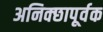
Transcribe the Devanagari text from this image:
अनिक्छापूर्वक